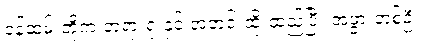
ဝန်ထမ်းတို့က တရားရုံးနှင့် အတင်းထိုးထည့်ပြီး အဖွားတစ်ဦး